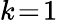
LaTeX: k\! =\! 1